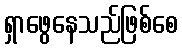
ရှာဖွေနေသည်ဖြစ်စေ